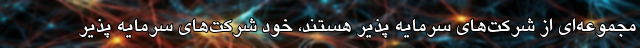
مجموعه‌ای از شرکت‌های سرمایه پذیر هستند، خود شرکت‌های سرمایه پذیر